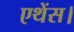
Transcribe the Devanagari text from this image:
एथेंस।